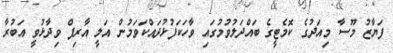
ފަޔާޒު މޫސާ މިއަދުގެ ކޮމެޓީގެ ބައްދަލުވުމުގައި ވާހަކަފުޅުދައްކަވަމުން އަލީ އާރިފް ވިދާޅުވީ އަބުރާ